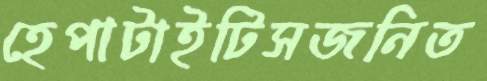
হেপাটাইটিসজনিত